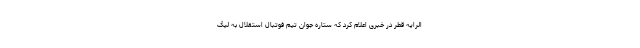
الرایه قطر در خبری اعلام کرد که ستاره جوان تیم فوتبال استقلال به لیگ